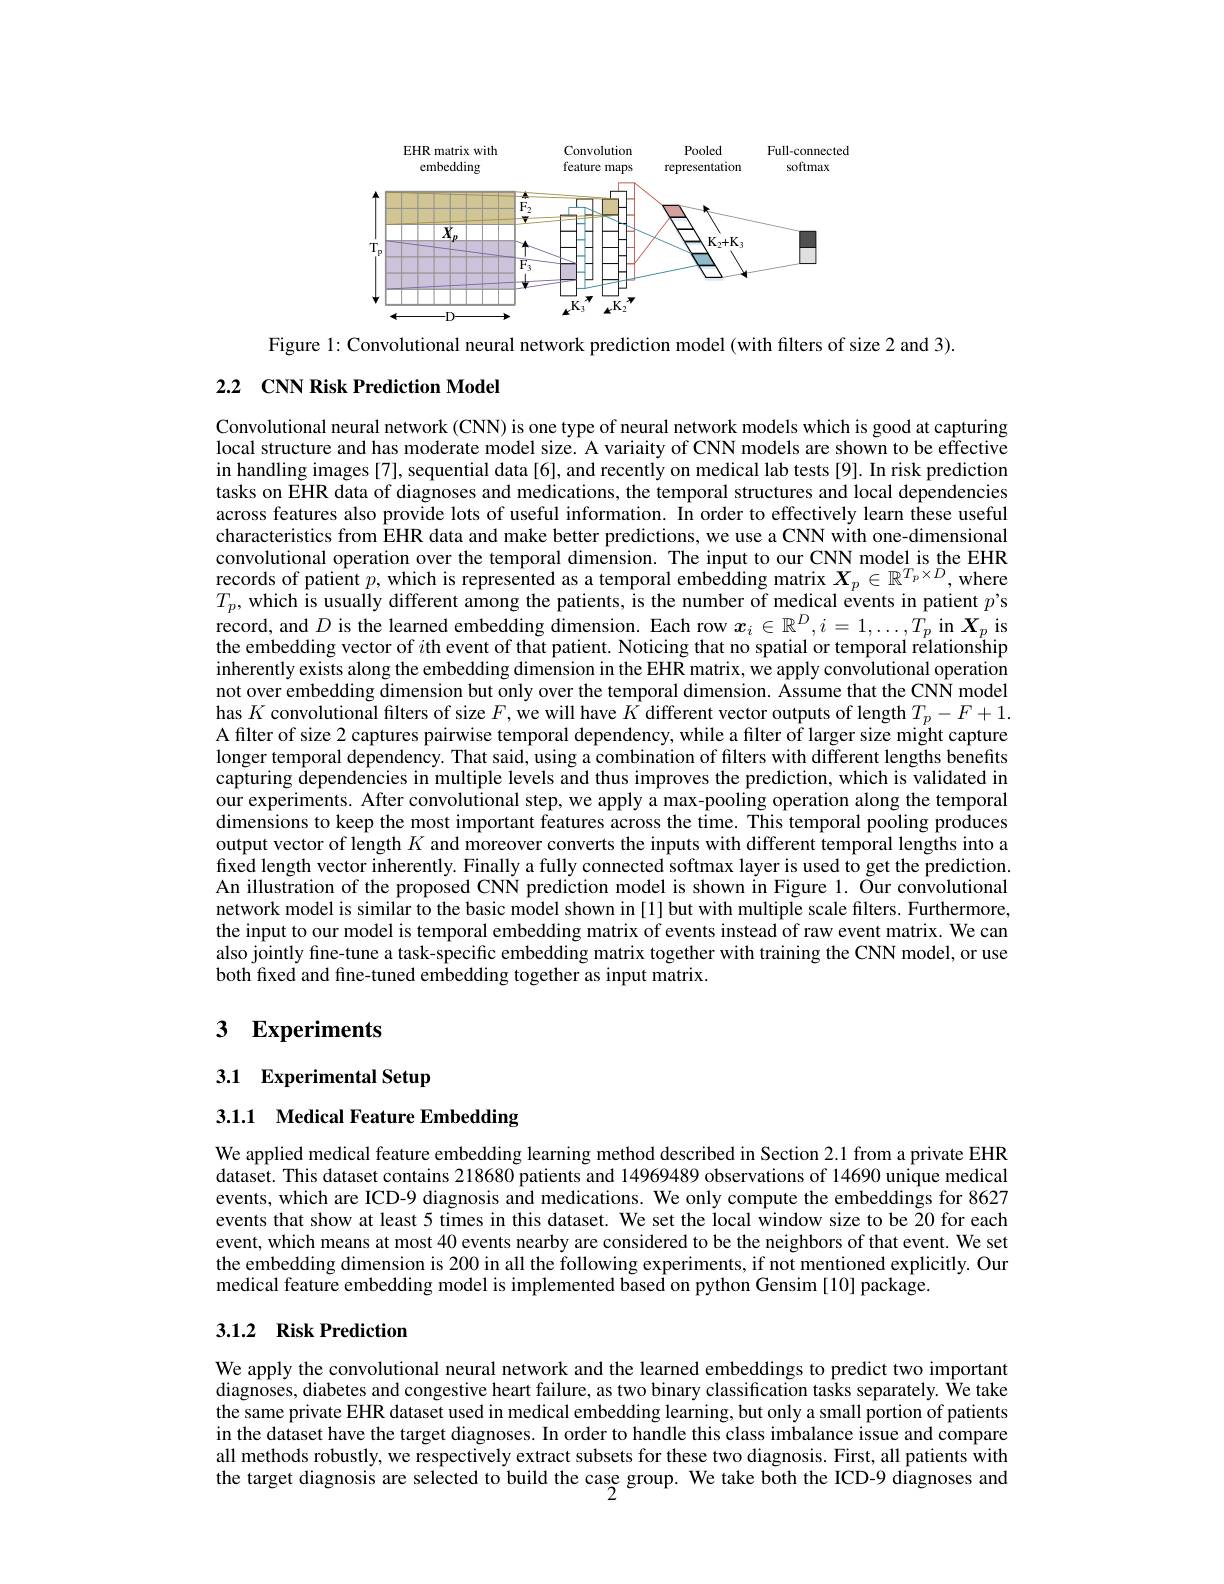
<FigureHere>

Figure 1: Convolutional neural network prediction model (with filters of size 2 and 3)

## 2.2 CNN Risk Prediction Model

Convolutional neural network (CNN) is one type of neural network models which is good at capturing local structure and has moderate model size. A variaity of CNN models are shown to be effective in handling images [7], sequential data [6], and recently on medical lab tests [9]. In risk prediction tasks on EHR data of diagnoses and medications, the temporal structures and local dependencies across features also provide lots of useful information. In order to effectively learn these useful characteristics from EHR data and make better predictions, we use a CNN with one-dimensional convolutional operation over the temporal dimension. The input to our CNN model is the EHR records of patient $p$, which is represented as a temporal embedding matrix $X_p\in\mathbb{R}^{T_p\times D}$, where $T_p$,which is usually different among the patients, is the number of medical events in patient $p^{\prime}$s record, and $D$ is the learned embedding dimension. Each row $x_i\in\mathbb{R}^D,i=1,\ldots,T_p$ in $\boldsymbol{X}_p$ is the embedding vector of $i$th event of that patient. Noticing that no spatial or temporal relationship inherently exists along the embedding dimension in the EHR matrix, we apply convolutional operation not over embedding dimension but only over the temporal dimension. Assume that the CNN model has $K$ convolutional filters of size $F$,we will have $K$ different vector outputs of length $T_p-F+1.$ A filter of size 2 captures pairwise temporal dependency, while a filter of larger size might capture longer temporal dependency. That said, using a combination of filters with different lengths benefits capturing dependencies in multiple levels and thus improves the prediction, which is validated in our experiments. After convolutional step, we apply a max-pooling operation along the temporal dimensions to keep the most important features across the time. This temporal pooling produces output vector of length $K$ and moreover converts the inputs with different temporal lengths into a fixed length vector inherently. Finally a fully connected softmax layer is used to get the prediction. An illustration of the proposed CNN prediction model is shown in Figure 1. Our convolutional network model is similar to the basic model shown in [1] but with multiple scale filters. Furthermore, the input to our model is temporal embedding matrix of events instead of raw event matrix. We can also jointly fine-tune a task-specific embedding matrix together with training the CNN model, or use both fixed and fine-tuned embedding together as input matrix.

# 3 Experiments

# 3.1 Experimental Setup

3.1.1 Medical Feature Embedding

We applied medical feature embedding learning method described in Section 2.1 from a private EHR dataset. This dataset contains 218680 patients and 14969489 observations of 14690 unique medical events, which are ICD-9 diagnosis and medications. We only compute the embeddings for 8627 events that show at least 5 times in this dataset. We set the local window size to be 20 for each event, which means at most 40 events nearby are considered to be the neighbors of that event. We set the embedding dimension is 200 in all the following experiments, if not mentioned explicitly. Our medical feature embedding model is implemented based on python Gensim [10] package.

## 3.1.2 Risk Prediction

We apply the convolutional neural network and the learned embeddings to predict two important diagnoses, diabetes and congestive heart failure, as two binary classification tasks separately. We take the same private EHR dataset used in medical embedding learning, but only a small portion of patients in the dataset have the target diagnoses. In order to handle this class imbalance issue and compare all methods robustly, we respectively extract subsets for these two diagnosis. First, all patients with the target diagnosis are selected to build the case group. We take both the ICD-9 diagnoses and